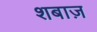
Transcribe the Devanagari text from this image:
शबाज़